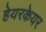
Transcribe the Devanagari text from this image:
हेयरकेयर